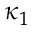
\, \kappa _ { 1 }